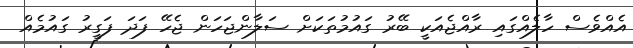
އެއްވެސް ހާލެއްގައި ރާއްޖެއަކީ ބޭރު ގައުމުތަކަށް ސަލާންޖަހަން ޖެހޭ ފަދަ ފަގީރު ގައުމެއް